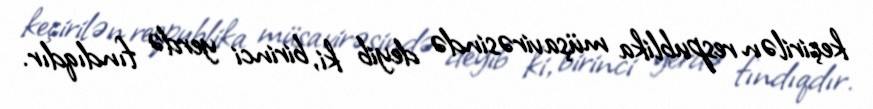
keçirilən respublika müşavirəsində deyib ki, birinci yerdə fındıqdır.